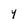
Character: 4